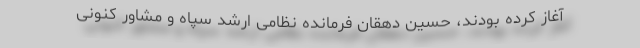
آغاز کرده بودند، حسین دهقان فرمانده نظامی ارشد سپاه و مشاور کنونی